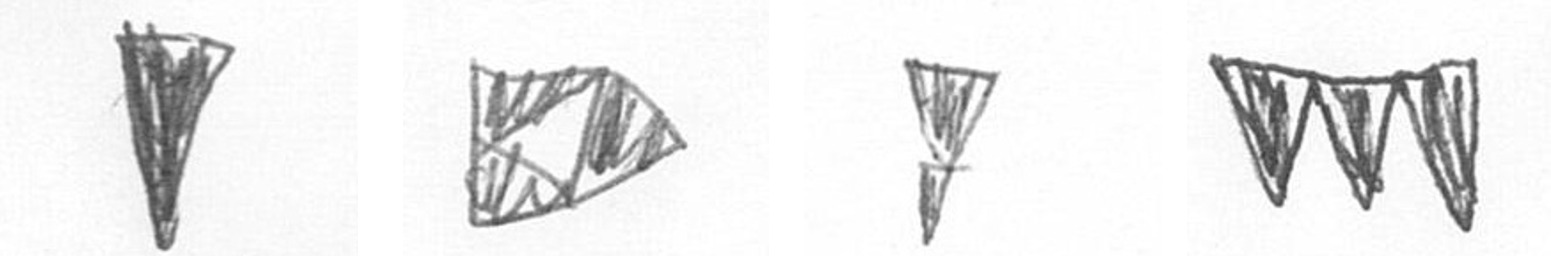
J K Z L